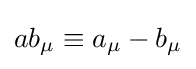
ab_{\mu }\equiv a_{\mu }-b_{\mu }